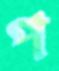
প